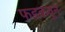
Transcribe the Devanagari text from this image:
फडकवून